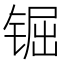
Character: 𨱊